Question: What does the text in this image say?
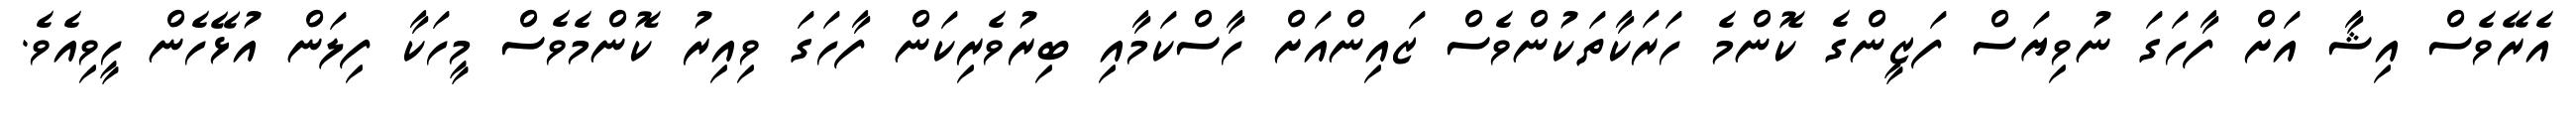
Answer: އެރޭވެސް އިޝާ އަށް ފާހަގަ ނުވިޔަސް ފަޒީންގެ ކޮންމެ ހަރަކާތަކުންވެސް ޒައިންއަށް ހާސްކަމާއި ބިރުވެރިކަން ފާހަގަ ވިއިރު ކޮންމެވެސް މީހަކާ ފިލަން އުޅޭހެން ހީވިއެވެ.